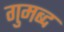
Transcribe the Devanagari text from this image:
गुमब्द